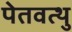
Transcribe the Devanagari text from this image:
पेतवत्थु